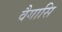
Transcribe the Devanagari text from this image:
वैगासि